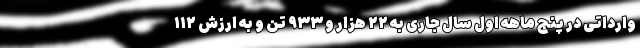
وارداتی در پنج ماهه اول سال جاری به ۲۲ هزار و ۹۳۳ تن و به ارزش ۱۱۲